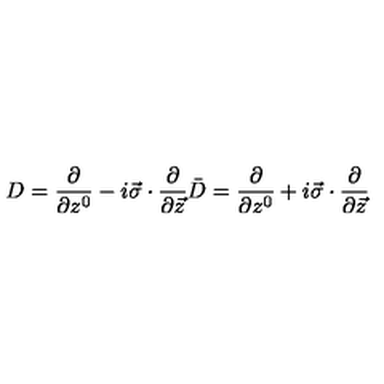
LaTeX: D = \frac { \partial } { \partial z ^ { 0 } } - i \vec { \sigma } \cdot \frac { \partial } { \partial \vec { z } } \bar { D } = \frac { \partial } { \partial z ^ { 0 } } + i \vec { \sigma } \cdot \frac { \partial } { \partial \vec { z } }